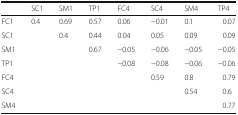
<table><thead><tr><td></td><td><b>SC1</b></td><td><b>SM1</b></td><td><b>TP1</b></td><td><b>FC4</b></td><td><b>SC4</b></td><td><b>SM4</b></td><td><b>TP4</b></td></tr></thead><tbody><tr><td>FC1</td><td>0.4</td><td>0.69</td><td>0.57</td><td>0.06</td><td>−0.01</td><td>0.1</td><td>0.07</td></tr><tr><td>SC1</td><td></td><td>0.4</td><td>0.44</td><td>0.04</td><td>0.05</td><td>0.09</td><td>0.09</td></tr><tr><td>SM1</td><td></td><td></td><td>0.67</td><td>−0.05</td><td>−0.06</td><td>−0.05</td><td>−0.05</td></tr><tr><td>TP1</td><td></td><td></td><td></td><td>−0.08</td><td>−0.08</td><td>−0.06</td><td>−0.06</td></tr><tr><td>FC4</td><td></td><td></td><td></td><td></td><td>0.59</td><td>0.8</td><td>0.79</td></tr><tr><td>SC4</td><td></td><td></td><td></td><td></td><td></td><td>0.54</td><td>0.6</td></tr><tr><td>SM4</td><td></td><td></td><td></td><td></td><td></td><td></td><td>0.77</td></tr></tbody></table>